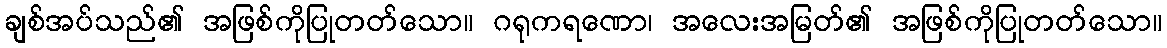
ချစ်အပ်သည်၏ အဖြစ်ကိုပြုတတ်သော။ ဂရုကရဏော၊ အလေးအမြတ်၏ အဖြစ်ကိုပြုတတ်သော။